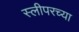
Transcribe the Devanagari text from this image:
स्लीपरच्या